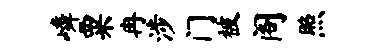
嶙粟冉涉门被阁照